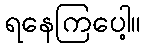
ရနေကြပေါ့။